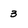
Character: 3